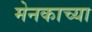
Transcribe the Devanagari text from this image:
मेनकाच्या